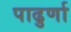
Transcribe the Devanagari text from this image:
पाढुर्णा